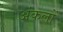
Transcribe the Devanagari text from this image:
अंकलों